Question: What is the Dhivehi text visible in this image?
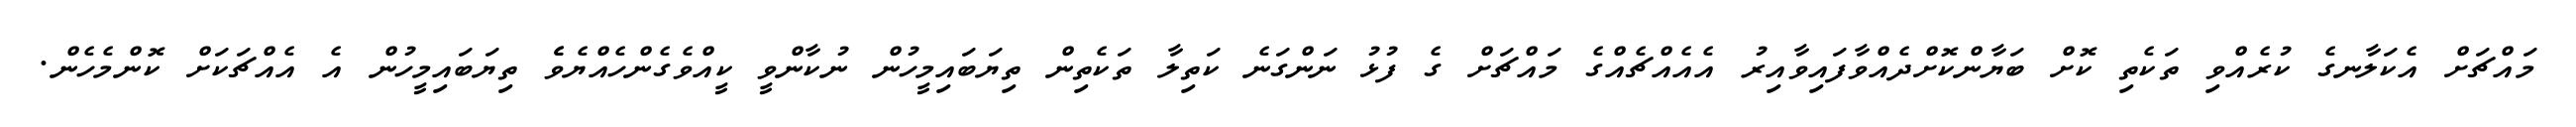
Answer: މައްޗަށް އެކަލާނގެ ކުރެއްވި ތަކެތި ކޮށް ބަޔާންކޮށްދެއްވާފައިވާއިރު އެއެއްޗެއްގެ މައްޗަށް ގެ ފުޅު ނަންގަނެ ކަތިލާ ތަކެތިން ތިޔަބައިމީހުން ނުކާންވީ ކީއްވެގެންހެއްޔެވެެ ތިޔަބައިމީހުން އެ އެއްޗަކަށް ކޮންމެހެން.